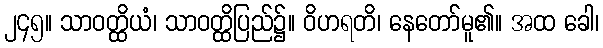
၂၄၅။ သာဝတ္ထိယံ၊ သာဝတ္ထိပြည်၌။ ဝိဟရတိ၊ နေတော်မူ၏။ အထ ခေါ၊